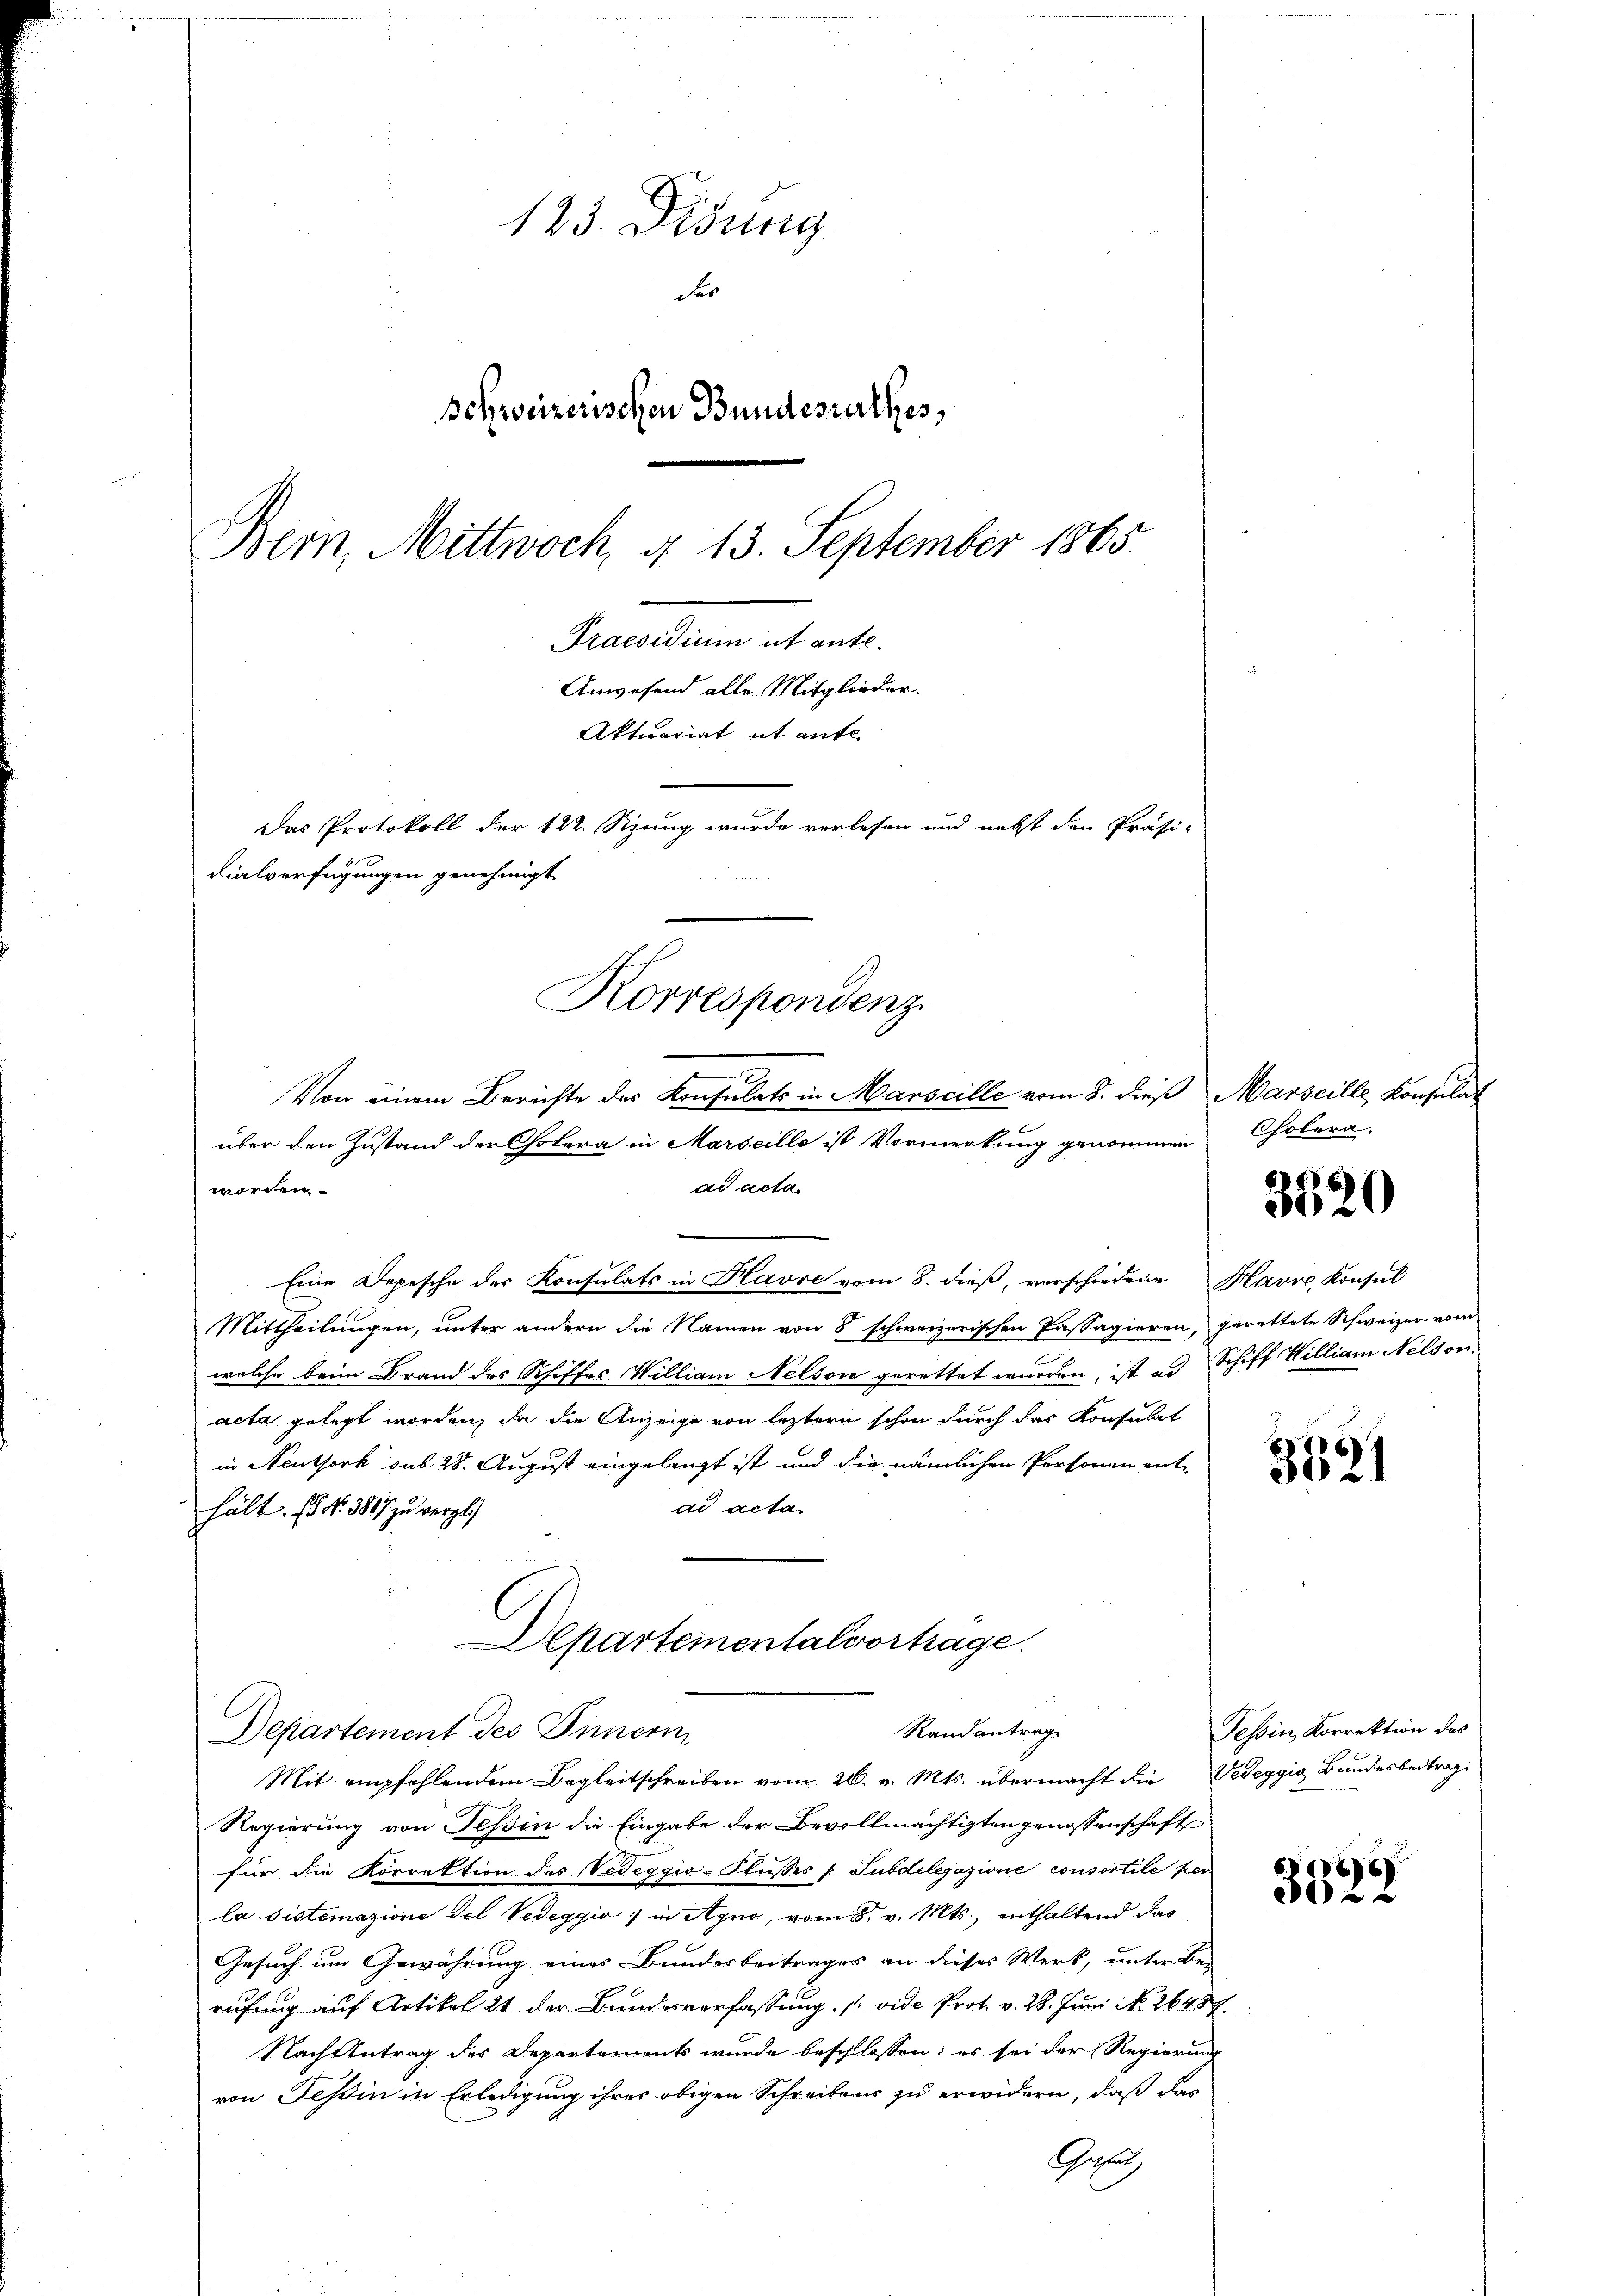
123. Didung
der
Behweizerischen Bundesrathes,
Bern, Mittwoch, d. 13. September 1865.
Praesidium ut ante.
Anwesend alle Mitglieder.
Aktuariat it ente
Das Protokoll der 122. Sizung wurde verlesen und nebst den Präsi-
dialverfügungen genehmigt.

worden.
Eine Depesche der Konsulats in Havre vom 8. dieß, verschiedene Havre, Konsul
Mittheilungen, unter andern die Namen von 5 schweizerischen Passagieren, gerettete Schweizer vom
welche beim Brand des Schiffes William Nelson gerettet wurden, ist ad Schiff William Nelson.
acta gelegt worden, da die Anzeige von leztern schon durch das Konsulat
in Neuthork sub 28. August eingelangt ist und die nämlichen Personen ent-
ad acta
hält. P. Nr. 3867 zu vergl.

Von einem Berichte des Konsulats in Marseille vom 8. dieß Marseille, Konsulat
über den Zustand der Cholera in Marseille ist Vormerkung genommen
ad acta

Korrespondenz

Departementalvertage.
Randantrag
Departement des Innern
Mit empfehlendem Begleitschreiben vom 26. v. Mts. übermacht die Vedeggia Bundesbeitrage

Regierung von Tessin die Eingabe der Bevollmächtigten genossenschaft
für die Korrektion des Vedeggio-Flusses /: Subdelegazione consortile per
la distemazione del Vedeggio in Agno, vom 8. v. Mts., enthaltend das
Gesuch um Gewährung eines Bundesbeiträger an dieses Werk, unter Be-
rufung auf Artikel 21 der Bundesverfassung /: vide Prot. v. 28. Juni No 26457.
Nachzutrag des Departements wurde beschlossen: es sei der Regierung
von Teßin in Erledigung ihres obigen Schreibens zu erwidern, daß das
Gru

Cholera.

3320

3621

Tessin, Korrektion des

3329